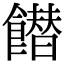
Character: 𩞲